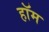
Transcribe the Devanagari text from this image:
हॉम